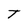
Character: T